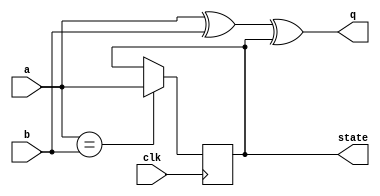
//2022_11_10 kerong
//Sequential circuit 10
module top_module (
    input clk,
    input a,
    input b,
    output q,
    output reg state  );


    always@(posedge clk)begin
        if(a == b)begin
        	state <= a;
        end
    end

    assign q = a ^ b ^ state;

endmodule